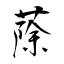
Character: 蒢